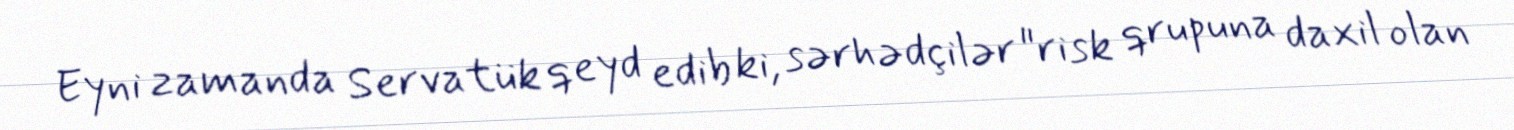
Eyni zamanda Servatük qeyd edib ki, sərhədçilər "risk qrupuna daxil olan